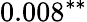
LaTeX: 0.008^{**}